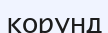
корунд